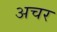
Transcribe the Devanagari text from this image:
अचर